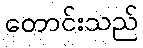
တောင်းသည်